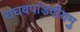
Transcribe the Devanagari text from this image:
राघवपांडवीयमु